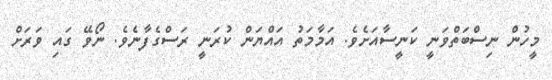
މީހުން ނިސްބަތްވަނީ ކަނީސާއަށެވެ. އަމާމަތު އައްޔަން ކުރަނީ ރަސްގެފާނެވެ. ނޯވޭ ގައި ވަރަށް